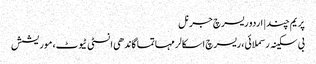
پریم چند | اردو ریسرچ جرنل
بی سکینہ رسملائی، ریسرچ اسکالر مہاتما گاندھی انسٹی ٹیوٹ، موریشش